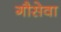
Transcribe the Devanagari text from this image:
गौसेवा